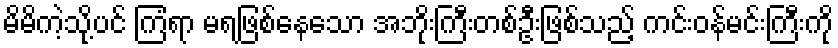
မိမိကဲ့သို့ပင် ကြံရာ မရဖြစ်နေသော အဘိုးကြီးတစ်ဦးဖြစ်သည့် ကင်းဝန်မင်းကြီးကို